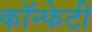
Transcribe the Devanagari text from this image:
कॉन्फेटी